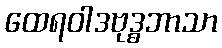
ထေရဝါဒဗုဒ္ဓဘာသာ